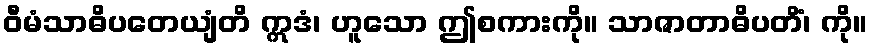
ဝီမံသာဓိပတေယျံတိ ဣဒံ၊ ဟူသော ဤစကားကို။ သာဇာတာဓိပတိံ၊ ကို။